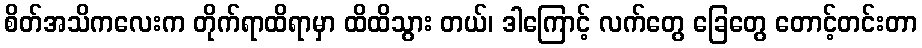
စိတ်အသိကလေးက တိုက်ရာထိရာမှာ ထိထိသွား တယ်၊ ဒါကြောင့် လက်တွေ ခြေတွေ တောင့်တင်းတာ